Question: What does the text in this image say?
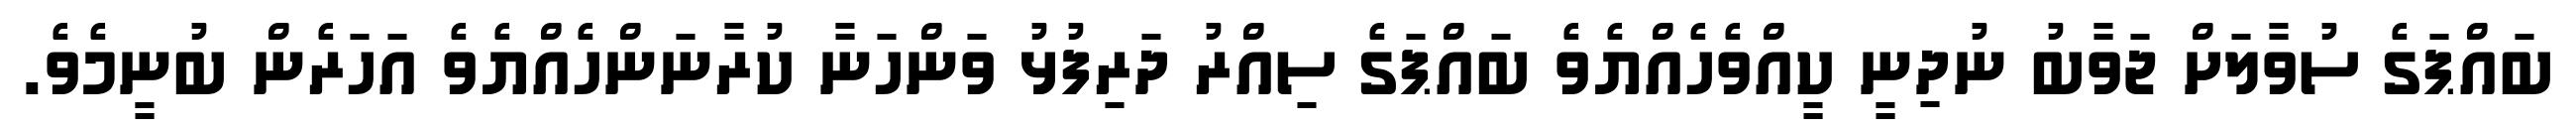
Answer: ބައްޕަގެ ސުވާލަށް ޖަވާބު ނުދިނީ ކީއްވެހެއްޔެވެ ބައްޕަގެ ސިއްރު ދަރިފުޅު ވަންހަނާ ކުރާނަންހެއްޔެވެ އަހަރެން ބުނީމެވެ.